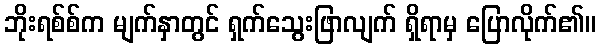
ဘိုးရစ်စ်က မျက်နှာတွင် ရှက်သွေးဖြာလျက် ရှိရာမှ ပြောလိုက်၏။